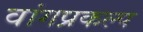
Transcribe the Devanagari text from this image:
वांगप्रकल्प